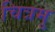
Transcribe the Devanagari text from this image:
चित्रमु